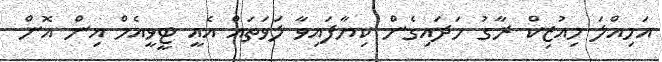
އަމިއްލަ މިއުޒިކް ރާގު ހަދައިގެން ކިޔާފައިވާ ލަވަތައް އެއީ ޓީވީއެމް އިން އޮން